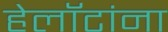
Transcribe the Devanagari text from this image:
हेलॉटांना